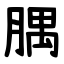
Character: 腢